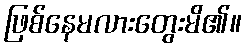
ဖြစ်နေမလားတွေးမိ၏။